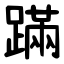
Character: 蹣